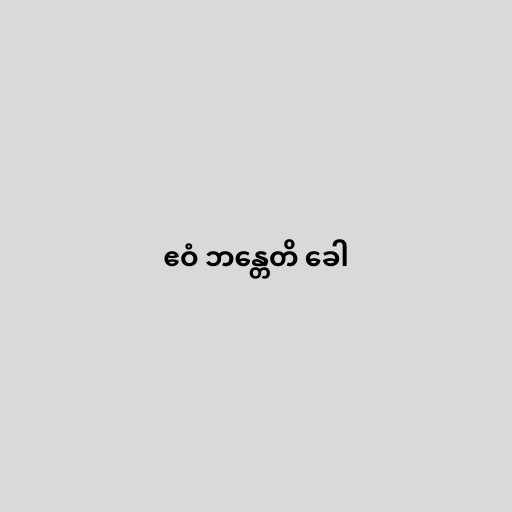
ဧဝံ ဘန္တေတိ ခေါ